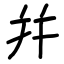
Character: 幷